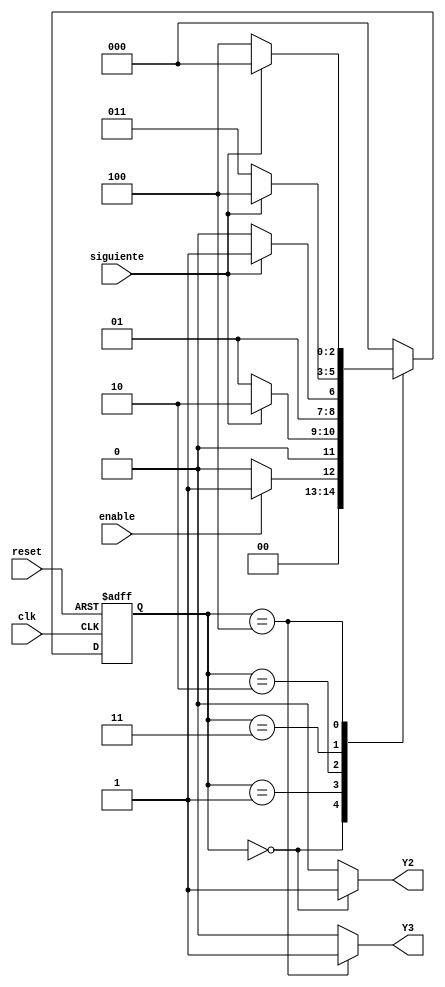
module Entregar(input enable, siguiente, clk, reset, output reg Y2, Y3); //De las variables a utilizar se clasifican entre inputs y outputs
    reg [2:0] state, next_state;	//Se establecen los estados con 3 bits
    parameter Ordenrecibida = 3'b000, Prepararorden = 3'b001, Empacarorden = 3'b010, Enviarorden = 3'b011, Ordenentregada = 3'b100; //Se establecen los 5 estados con 3 bits
	
    // Nube combinacional para calcular el estado futuro y salidas	
    always @ (enable or siguiente or state) begin
        case (state)
            Ordenrecibida: begin		//En Orden recibida se establece: si enable es presionado pasa al estado Preparar orden,
                    if (enable == 1)	//si no, se queda en Orden recibida
                        next_state <= Prepararorden;
					else
						next_state <= Ordenrecibida;
                end
            Prepararorden: begin		//En Preparar orden se establece: si siguiente es presionado pasa al estado Empacar orden,
                    if (siguiente == 1) //si no, se queda en Prepara orden
                        next_state <= Empacarorden;
					else
						next_state <= Prepararorden;
                end
            Empacarorden: begin			//En Empacar orden se establece: si siguiente es presionado pasa al estado Enviar orden,
                    if (siguiente == 1) //si no, se queda en Empacar orden
                        next_state <= Enviarorden; 
					else
						next_state <= Empacarorden;
                end
			Enviarorden: begin			//En Enviar orden se establece: si siguiente es presionado pasa al estado Orden entregada,
                    if (siguiente == 1) //si no, se queda en Enviar orden
                        next_state <= Ordenentregada; 
					else
						next_state <= Enviarorden;
                end
			Ordenentregada: begin		//En Orden entregada orden se establece: si siguiente es presionado pasa al estado Orden recibida,
                    if (siguiente == 1) //si no, se queda en Orden entregada
                        next_state <= Ordenrecibida; 
					else
						next_state <= Ordenentregada;
                end
            default: 					//el estado de origen es Orden recibida
				next_state <= Ordenrecibida; 
        endcase
    end

    // Banco de flip flops
    always @ (posedge clk or posedge reset) begin	//Por cada flanco positivo de reloj se activa la accin deseada

        if (reset == 1)
            state <= Ordenrecibida;
        else
            state <= next_state;
    end
	initial state <= 3'b000;
	
    // Nube combinacional para calcular las salidas
	 always @ (state) begin
        case (state)
            Ordenrecibida: begin 	//En el estado Orden recibida Y2 se ilumina y Y3 se apaga
				Y2 <= 1'b1;
				Y3 <= 1'b0;
				end
            Prepararorden: begin 	//En el estado Prepara orden tanto Y2 como Y3 estan apagados
				Y2 <= 1'b0;
				Y3 <= 1'b0;
				end
            Empacarorden: begin 	//En el estado Empacar orden tanto Y2 como Y3 estan apagados
				Y2 <= 1'b0;
				Y3 <= 1'b0;
				end
			Enviarorden: begin 		//En el estado Enviar orden tanto Y2 como Y3 estan apagados
				Y2 <= 1'b0;
				Y3 <= 1'b0;
				end
			Ordenentregada: begin 	//En el estado Orden entregada Y3 se ilumina y Y2 se apaga
				Y2 <= 1'b0;
				Y3 <= 1'b1;
				end
            default: begin			//En su estado de origen Y2 y Y3 estan apagados
				Y2 <= 1'b0;
				Y3 <= 1'b0;
				end
        endcase
    end
endmodule